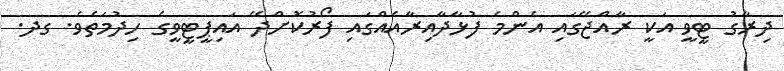
ދިރާގު ޓީވީ އަކީ ރާއްޖޭގައި އެންމެ ފުޅާދާއިރާއެއްގައި ފޯރުކޮށްދޭ އައިޕީޓީވީގެ ހިދުމަތެވެ. ގދ.